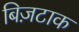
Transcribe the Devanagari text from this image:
बिज़टाक